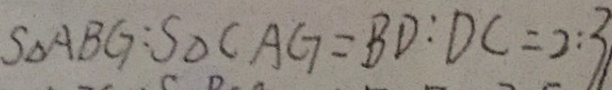
S _ { \Delta } A B G : S _ { \Delta } C A G = B D : D C = 2 : 3